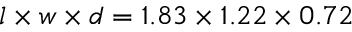
l \times { } w \times { } d = 1 . 8 3 \times { } 1 . 2 2 \times { } 0 . 7 2